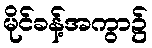
မိုင်ခန့်အကွာ၌